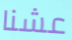
عشنا